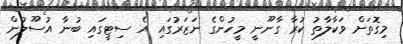
މިގޮތަށް ވަކާލާތު ކުރާ ގާނޫނީ މީހުންގެ ނަޒަރުގައި އެ ސިޓީގައި ބުނާ އުސޫލުން